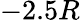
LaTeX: -2.5R